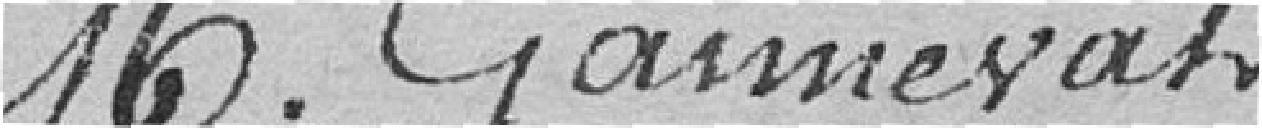
Monsieur Gannevat